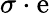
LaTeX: \sigma\cdot\mathrm{e}